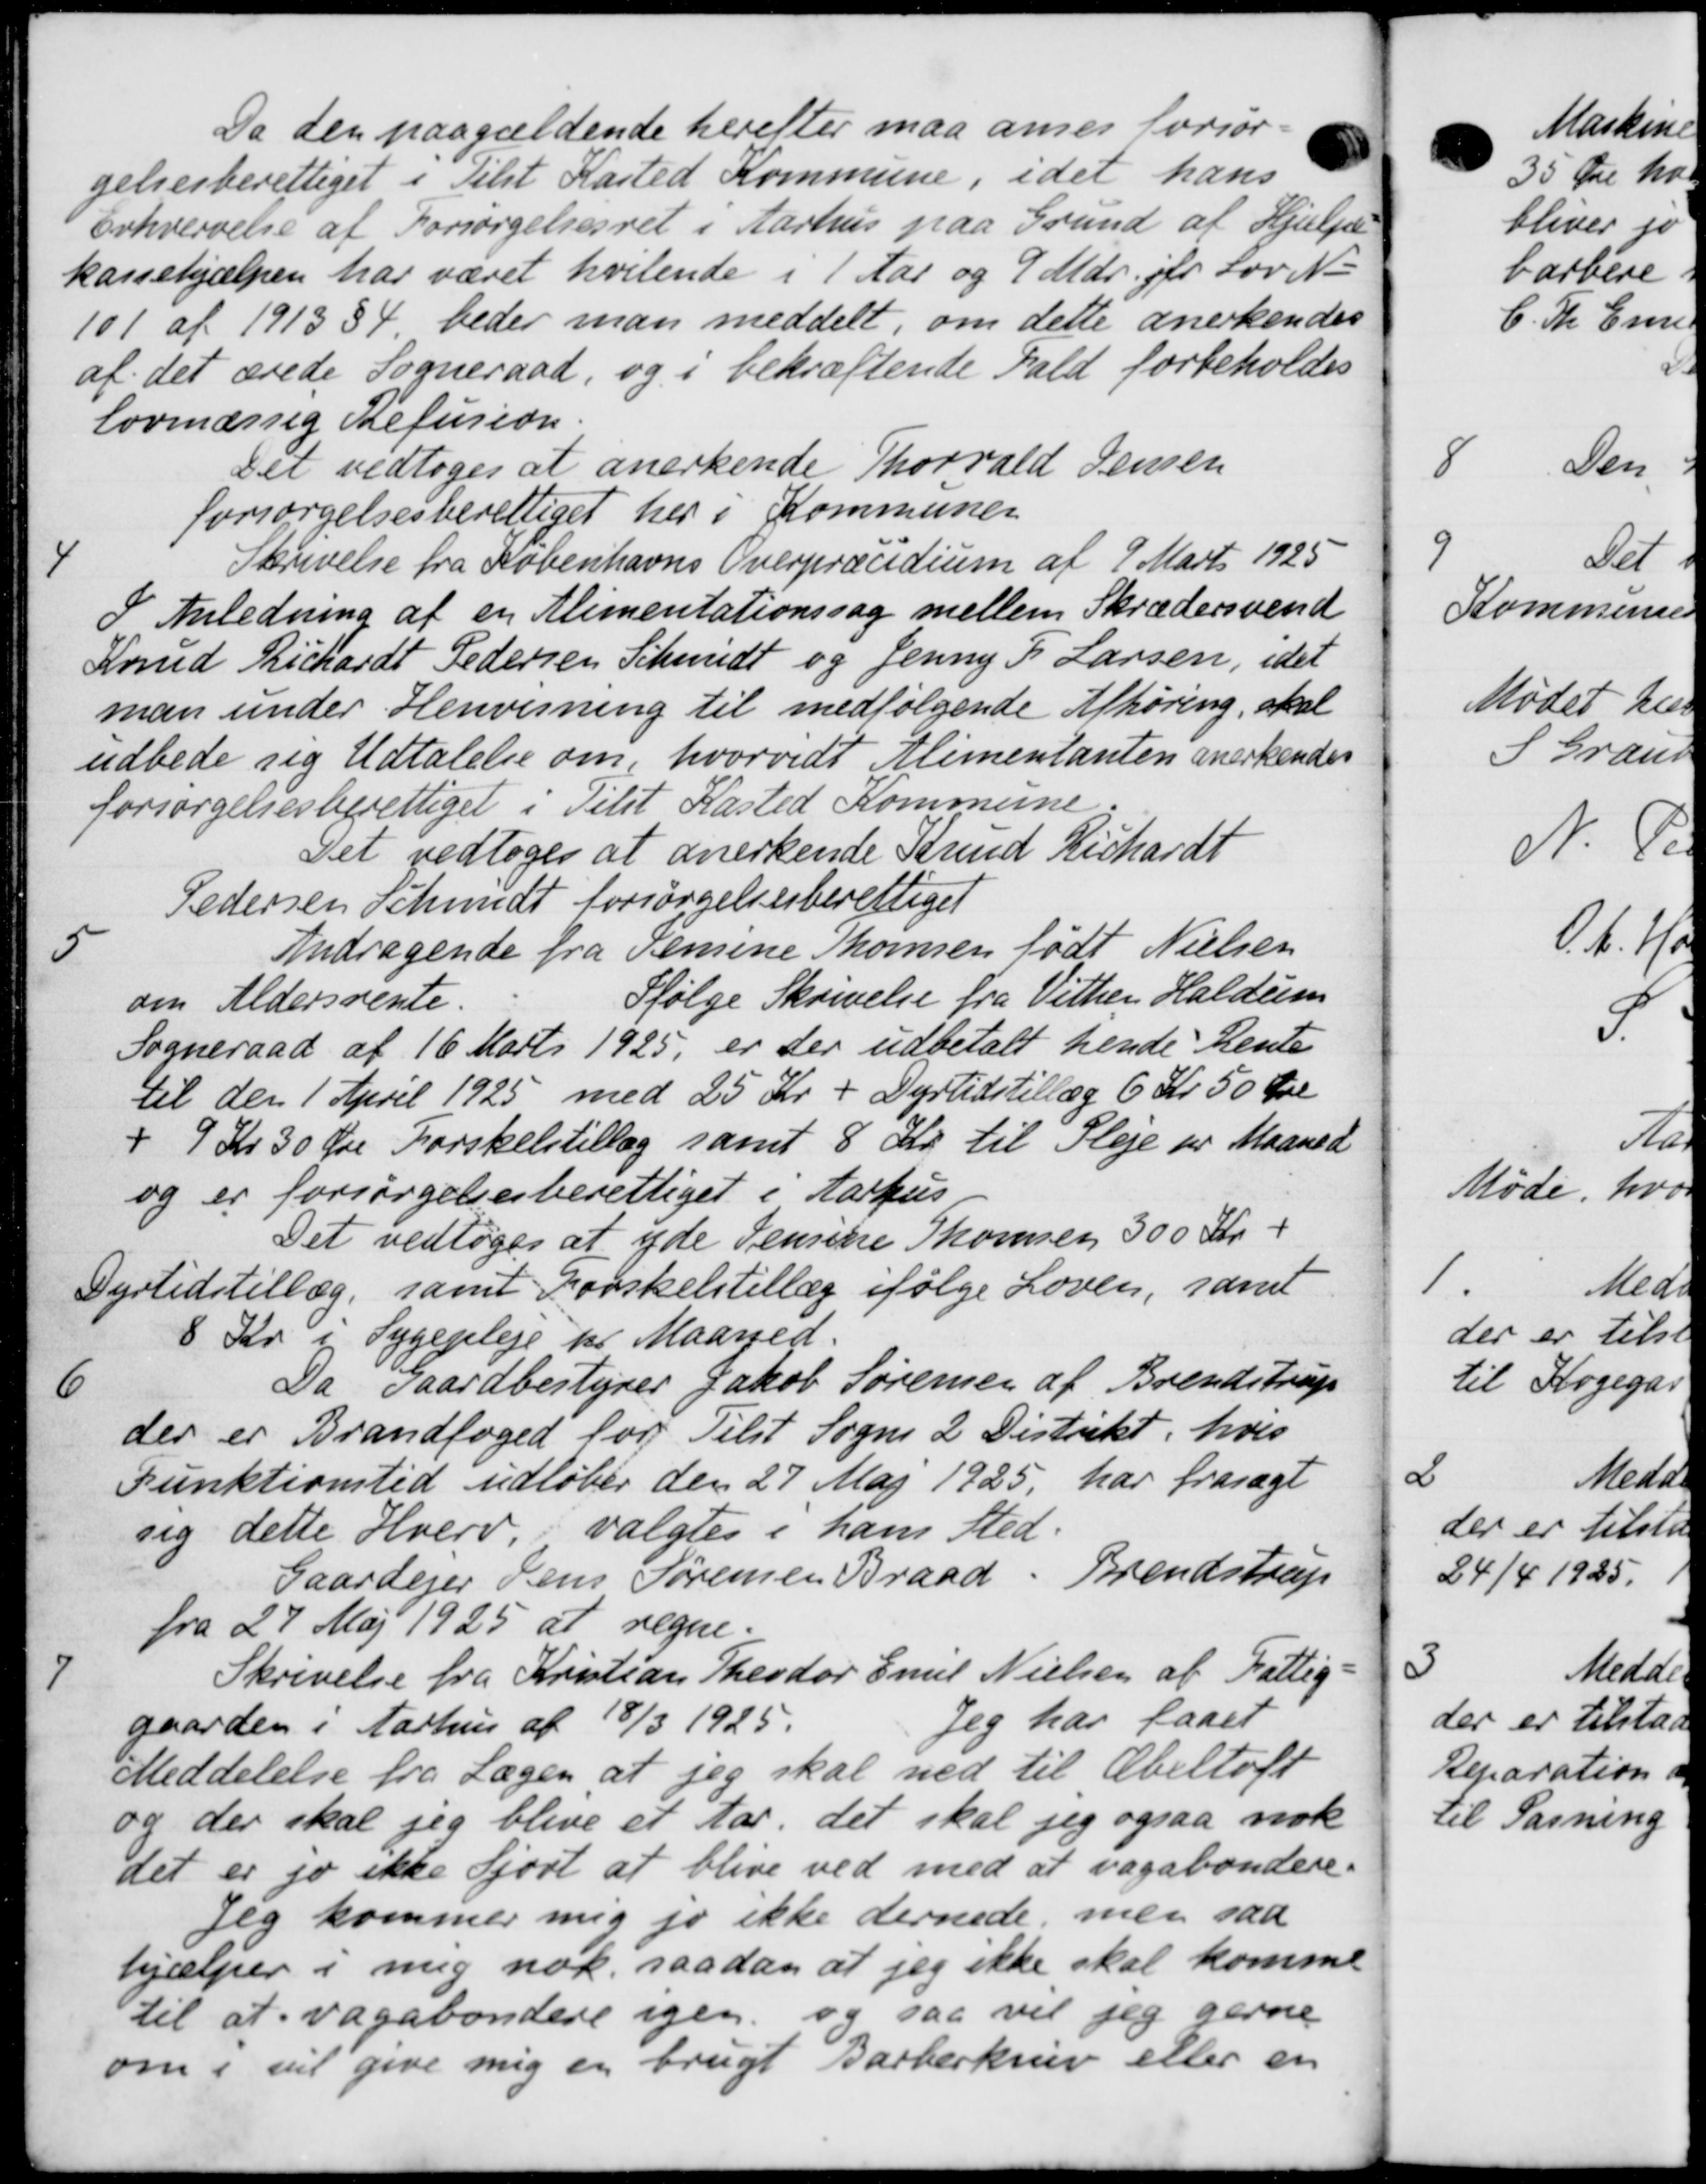
Transskription:
Da den paagældende herefter maa anses forsør-
gelsesberettiget i Tilst Kasted Kommune, idet hans
Erhvervelse af Forsørgelsesret i Aarhus paa Grund af Hjælpe
kassehjælpen har været hvilende i 1 Aar og 9 Mdr. jfr Lov N
101 af 1913 §4 beder man meddelt, om dette anerkendes
af det ærede Sogneraad, og i bekræftende Fald forbeholdes
lovmæssig Refusion.
Det vedtoges at anerkende Thorvald Jensen
forsørgelsesberettiget her i Kommunen
4
Skrivelse fra Københavns Overpræcidium af 9 Marts 1925
I Anledning af en Alimentationssag mellem Skrædersvend
Knud Richardt Pedersen Schmidt og Jenny F. Larsen, idet
man under Henvisning til medfølgende Afhøring, skal
udbede sig Udtalelse om, hvorvidt Alimentanten anerkendes
forsørgelsesberettiget i Tilst Kasted Kommune
Det vedtoges at anerkende Knud Richardt
Pedersen Schmidt forsørgelsesberettiget
5
Andragende fra Semine Thomsen født Nielsen
om Aldersrente.
Ifølge Skrivelse fra Vither Haldum
Sogneraad af 16 Marts 1925, er der udbetalt hende hente
til den 1 April 1925 med 25 Kr + Dyrtidstillæg 6 Kr. 50 Øre
+ 9 Kr 30 Øre Forskelstillæg samt 8 Kr. til Pleje pr Maaned
og er forsørgelsesberettiget i Aarhus
Det vedtoges at yde Jensine Thomsen 300 Kr.
Dyrtidstillæg, samt Forskelstillæg ifølge Loven, samt
8 Kr. i Sygepleje pr Maaned.
6
Da Gaardbestyrer Jakob Sørensen af Brendstrup
der er Brandfoged for Tilst Sogns 2 Distrikt, hvis
Funktionstid udløber den 27 Maj 1925 har frasagt
sig dette Hverv, valgtes i hans Sted.
Gaardejer Jens Sørensen Braad, Brendstrup
fra 27 Maj 1925 at regne.

Skrivelse fra Kristian Theodor Emil Nielsen af Fattig-
gaarden i Aarhus af 18/3 1925.
Jeg har faaet
Meddelelse fra Lægen at jeg skal ned til Æbeltoft
og der skal jeg blive et Aar, det skal jeg ogsaa nok
det er jo ikke Hjort at blive ved med at vagabondere.
Jeg kommer mig jo ikke dernede, men saa
hjælper i mig nok saadan at jeg ikke skal komme
til at vagabondere igen og saa vil jeg gerne
om i vil give mig er brugt Barberkniv eller en

9
Tes
1

3

6

Na
1
der e
til a
2
der er i
24/4 19
3
M
der er til
A
Reparatio
til Sasning